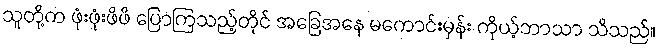
သူတို့က ဖုံးဖုံးဖိဖိ ပြောကြသည့်တိုင် အခြေအနေ မကောင်းမှန်း ကိုယ့်ဘာသာ သိသည်။